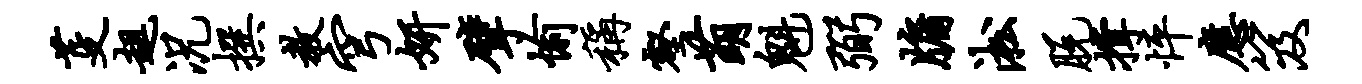
芟趄况撰教穹妍擘愉称壑萌魁弼牖淞脱撑怦应笈